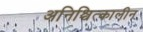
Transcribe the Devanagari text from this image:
अनिश्चित्कालीन